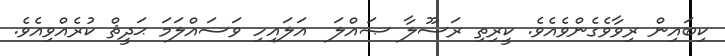
ކިބައިން ރިވާވެގެންވެއެވެ. ކީރިތި ރަސޫލާ ޞައްލަ  އަލައިހި ވަސައްލަމަ ޙަދީޘް ކުރެއްވިއެވެ.